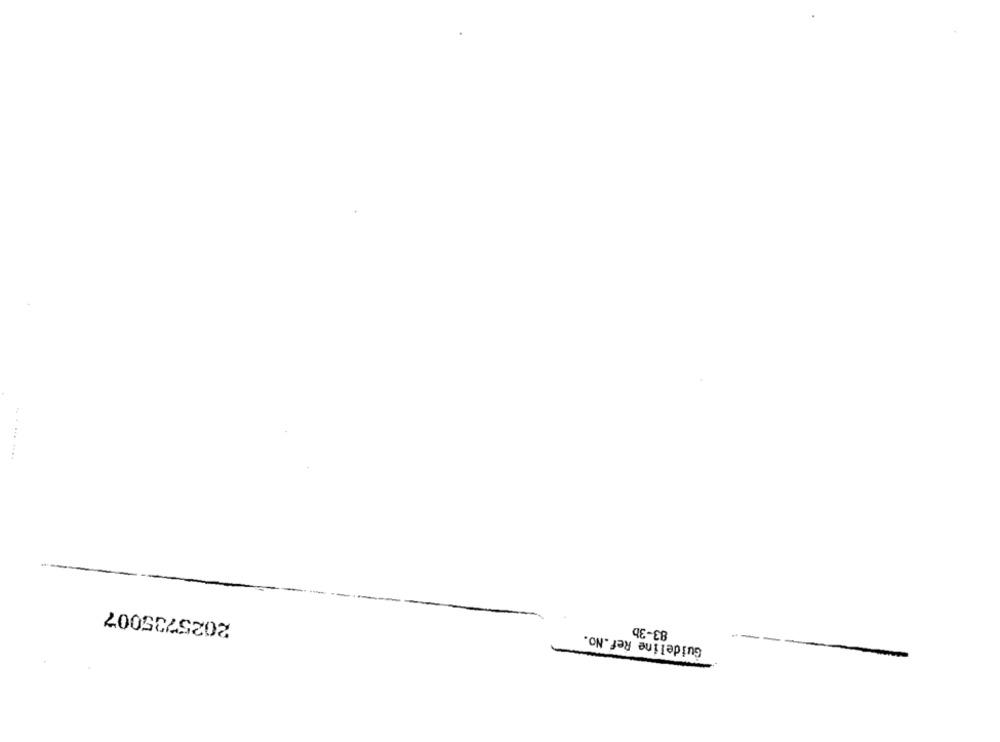
2025735007
83-3b
Guideline Ref.No.